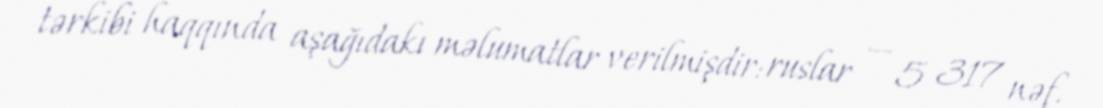
tərkibi haqqında aşağıdakı məlumatlar verilmişdir: ruslar — 5 317 nəf.